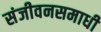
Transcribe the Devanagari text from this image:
संजीवनसमाधी